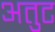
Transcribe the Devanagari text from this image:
अतुट